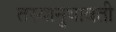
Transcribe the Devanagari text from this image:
तस्यानुधावती